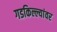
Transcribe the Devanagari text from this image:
गडकिल्ल्यांवर